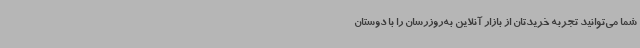
شما می‌توانید تجربه خریدتان از بازار آنلاین به‌روزرسان را با دوستان